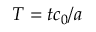
T = t c _ { 0 } / a